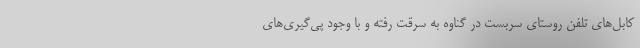
کابل‌های تلفن روستای سربست در گناوه به سرقت رفته و با وجود پی‌گیری‌های